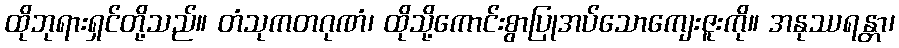
ထိုဘုရားရှင်တို့သည်။ တံသုကတဂုဏံ၊ ထိုသို့ကောင်းစွာပြုအပ်သောကျေးဇူးကို။ အနုဿရန္တာ၊